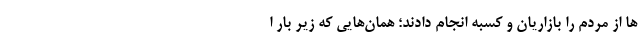
ها از مردم را بازاریان و کسبه انجام دادند؛ همان‌هایی که زیر بار ا